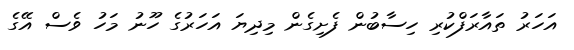
އަހަރު ތައާރަފްކުރި ހިސާބުން ފެށިގެން މިދިޔަ އަހަރުގެ ހޫނު މަހު ވެސް އޭގެ